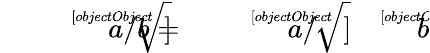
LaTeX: \; {\sqrt[[objectObject]]{a/b}}={\sqrt[[objectObject]]{a}}/{\sqrt[[objectObject]]{b}}